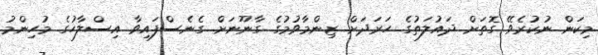
މިކަން ނުކުރެވޭ ގޮތަށް ދައުލަތުގެ ހަރަދަށް ޒިންމާވުމުގެ ގާނޫނަށް ގެނެސްފައިވާ އިސްލާހުގެ މުހިންމު